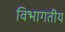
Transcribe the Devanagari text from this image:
विभागतीय